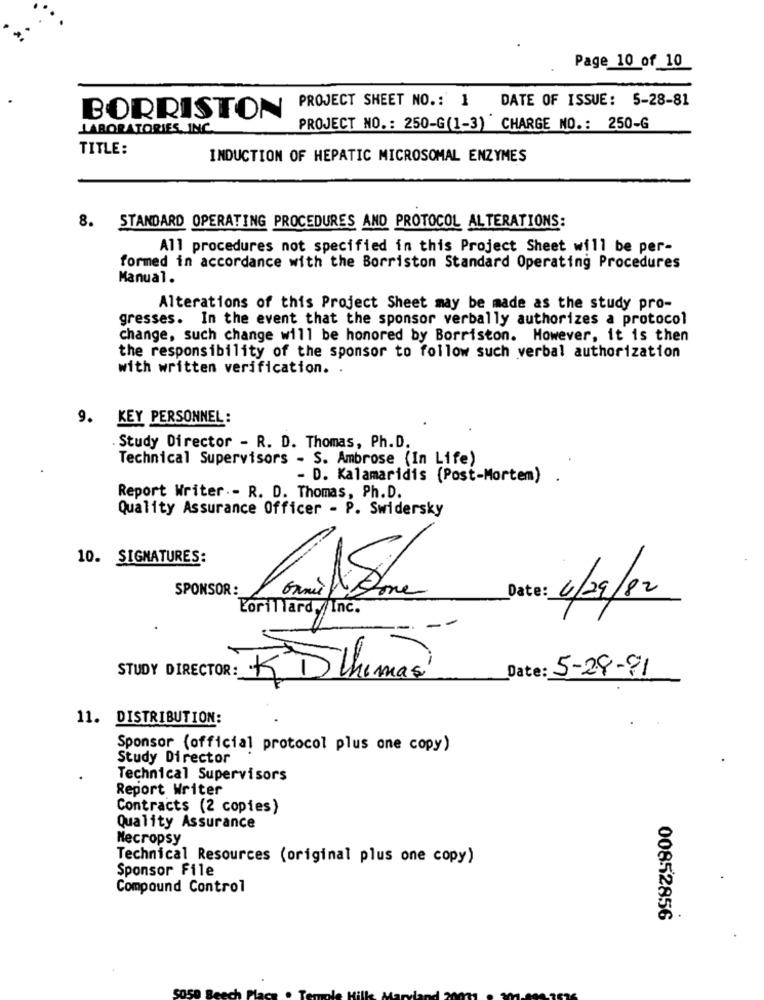
Page 10 of 10
PROJECT SHEET NO .: 1 DATE OF ISSUE: 5-28-81
BORRISTON
LABORATORIES, INC.
PROJECT NO .: 250-G(1-3) CHARGE NO .: 250-G
TITLE:
INDUCTION OF HEPATIC MICROSOMAL ENZYMES
8. STANDARD OPERATING PROCEDURES AND PROTOCOL ALTERATIONS:
All procedures not specified in this Project Sheet will be per-
formed in accordance with the Borriston Standard Operating Procedures
Manual.
Alterations of this Project Sheet may be made as the study pro-
gresses. In the event that the sponsor verbally authorizes a protocol
change, such change will be honored by Borriston. However, it is then
the responsibility of the sponsor to follow such verbal authorization
with written verification.
9.
KEY PERSONNEL:
Study Director - R. D. Thomas, Ph.D.
Technical Supervisors - S. Ambrose (In Life)
- D. Kalamaridis (Post-Mortem) .
Report Writer .- R. D. Thomas, Ph.D.
Quality Assurance Officer - P. Swidersky
10. SIGNATURES:
SPONSOR:
Date: 4/29/82
Lorillard,Inc.
STUDY DIRECTOR:
KD thomas
Date: 5-28-91
11. DISTRIBUTION:
Sponsor (official protocol plus one copy)
Study Director
Technical Supervisors
Report Writer
Contracts (2 copies)
Quality Assurance
Necropsy
Technical Resources (original plus one copy)
Sponsor File
Compound Control
00852856